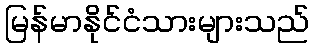
မြန်မာနိုင်ငံသားများသည်